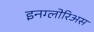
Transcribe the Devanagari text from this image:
इनग्लोरिअस